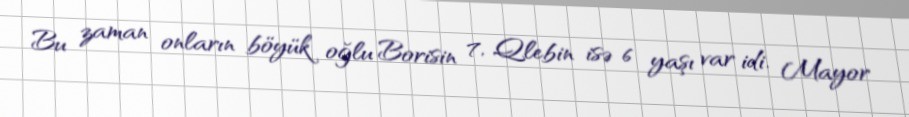
Bu zaman onların böyük oğlu Borisin 7, Qlebin isə 6 yaşı var idi. Mayor